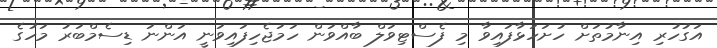
އަގުހުރި އިނާމުތަށް ހުށަހަޅާފައިވާ މި ފެސްޓިވަލް ބާއްވަން ހަމަޖެހިފައިވަނީ އަންނަ ޑިސެމްބަރު މަހުގެ